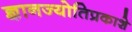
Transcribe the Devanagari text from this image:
ज्ञानज्योतिप्रकाशे